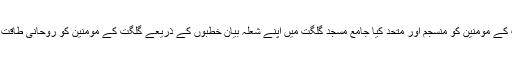
شہید والا مقام نے اپنی بصیرت اور قابلیت سے تھوڑی مدت میں گلگت کے مومنین کو منسجم اور متحد کیا جامع مسجد گلگت میں اپنے شعلہ بیان خطبوں کے ذریعے گلگت کے مومنین کو روحانی طاقت بخشی اور مومنین کے دلوں کو جذبہ شہادت اور ایثار سے سرشار کیا ۔